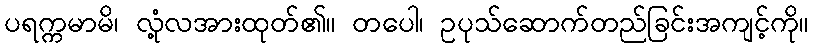
ပရက္ကမာမိ၊ လုံ့လအားထုတ်၏။ တပေါ၊ ဥပုသ်ဆောက်တည်ခြင်းအကျင့်ကို။